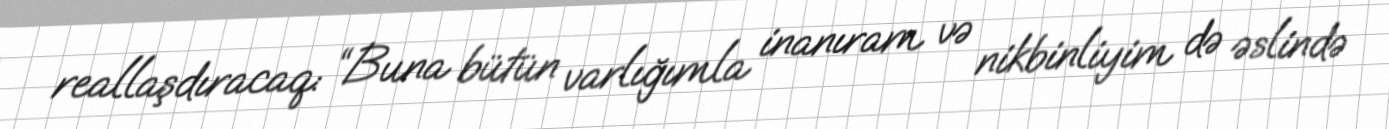
reallaşdıracaq: “Buna bütün varlığımla inanıram və nikbinliyim də əslində